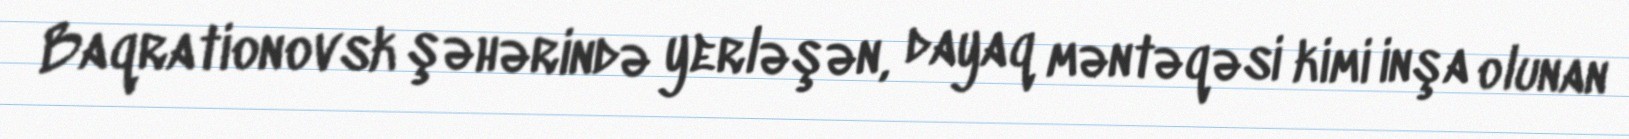
Baqrationovsk şəhərində yerləşən, dayaq məntəqəsi kimi inşa olunan